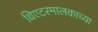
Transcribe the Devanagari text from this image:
थिएटरमालकाच्या